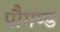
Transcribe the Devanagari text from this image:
पौगण्ड